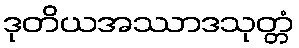
ဒုတိယအဿာဒသုတ္တံ